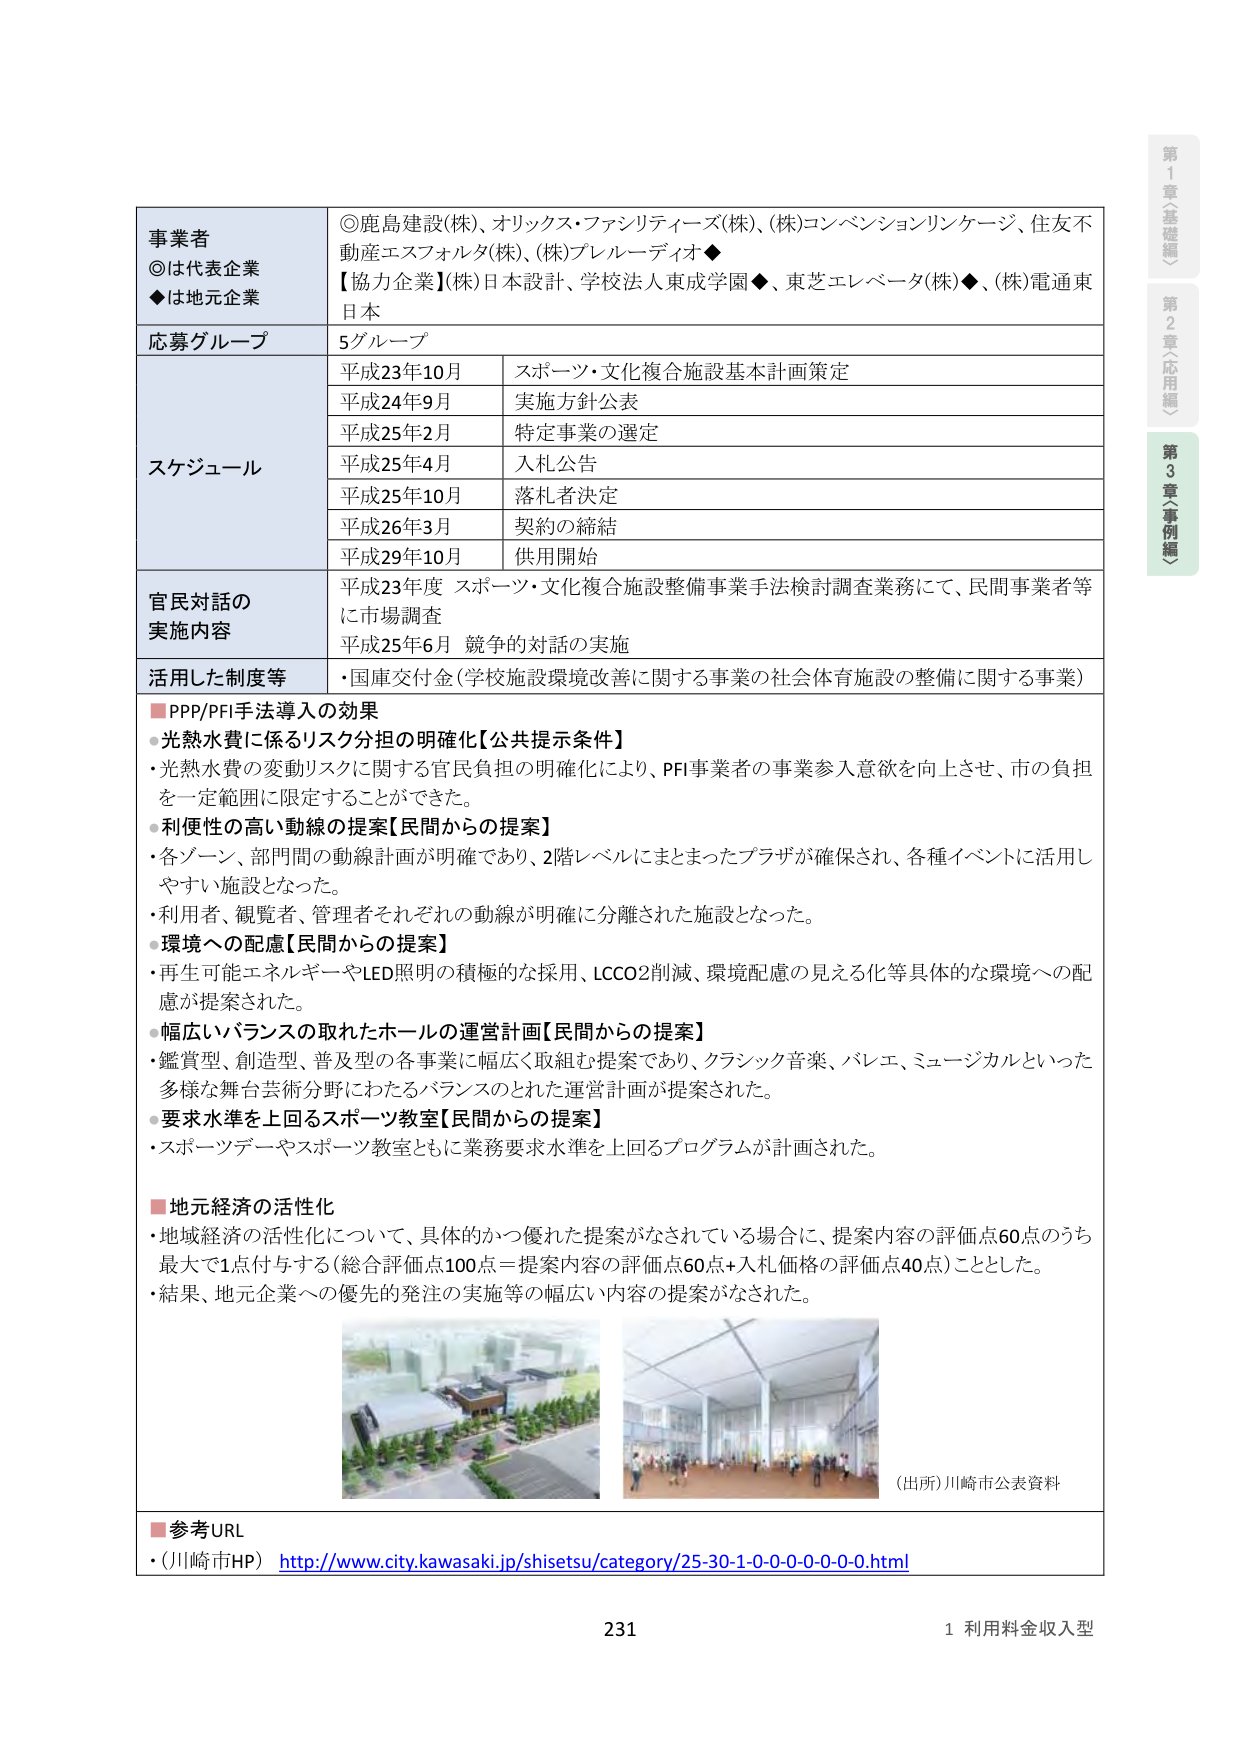
事業者
◎は代表企業
◆は地元企業

◎鹿島建設(株)、オリックス・ファシリティーズ(株)、(株)コンベンションリンケージ、住友不動産エスフォルタ(株)、(株)プレーリーディオ◆
【協力企業】(株)日本設計、学校法人東成学園◆、東芝エレベータ(株)◆、(株)電通東日本

応募グループ
5グループ

スケジュール
平成23年10月　スポーツ・文化複合施設基本計画策定
平成24年9月　実施方針公表
平成25年2月　特定事業の選定
平成25年4月　入札公告
平成25年10月　落札者決定
平成26年3月　契約の締結
平成29年10月　供用開始

官民対話の
実施内容
平成23年度 スポーツ・文化複合施設整備事業手法検討調査業務にて、民間事業者等に市場調査
平成25年6月 競争的対話の実施

活用した制度等
・国庫交付金（学校施設環境改善に関する事業の社会体育施設の整備に関する事業）

■PPP/PFI手法導入の効果
・光熱水費に係るリスク分担の明確化【公共提示条件】
　・光熱水費の変動リスクに関する官民負担の明確化により、PFI事業者の事業参入意欲を向上させ、市の負担を一定範囲に限定することができた。
・利便性の高い動線の提案【民間からの提案】
　・各ゾーン、部門間の動線計画が明確であり、2階レベルにまとまったプラザが確保され、各種イベントに活用しやすい施設となった。
　・利用者、観覧者、管理者それぞれの動線が明確に分離された施設となった。
・環境への配慮【民間からの提案】
　・再生可能エネルギーーやLED照明の積極的な採用、LCCO2削減、環境配慮の見える化等具体的な環境への配慮が提案された。
・幅広いバランスの取れたホールの運営計画【民間からの提案】
　・鑑賞型、創造型、普及型の各事業に幅広く取組む提案であり、クラシック音楽、バレエ、ミュージカルといった多様な舞台芸術分野にわたるバランスのとれた運営計画が提案された。
・要求水準を上回るスポーツ教室【民間からの提案】
　・スポーツデーやスポーツ教室ともに業務要求水準を上回るプログラムが計画された。

■地元経済の活性化
・地域経済の活性化について、具体的かつ優れた提案がなされている場合に、提案内容の評価点60点のうち最大で1点付与する（総合評価点100点＝提案内容の評価点60点＋入札価格の評価点40点）こととした。
・結果、地元企業への優先的発注の実施等の幅広い内容の提案がなされた。

（出所）川崎市公表資料

■参考URL
・（川崎市HP）http://www.city.kawasaki.jp/shisetsu/category/25-30-1-0-0-0-0-0-0-0.html

231
1 利用料金収入型

第1章〈基礎編〉
第2章〈応用編〉
第3章〈事例編〉